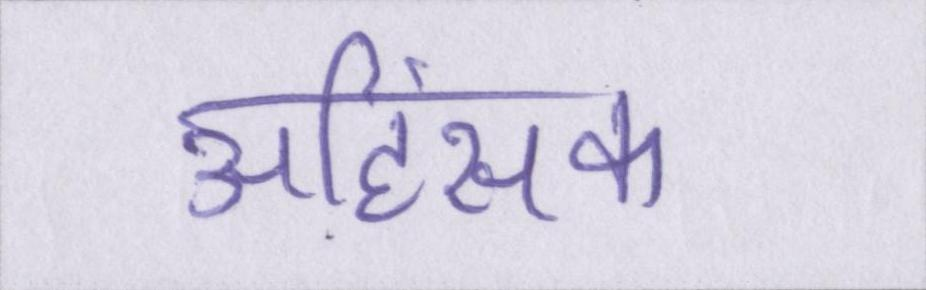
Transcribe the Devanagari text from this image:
अहिंसक